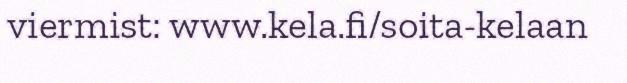
viermist: www.kela.fi/soita-kelaan